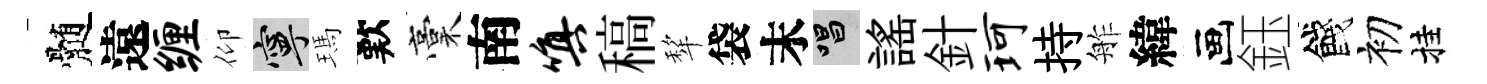
髄遠缠仰寧瑪歎稾南嗔稿犂袋末唱謡針珂持舴緯画鈺餞初挂